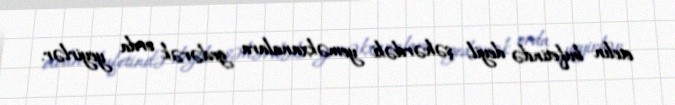
otelin bufetində deyil, şəhərdəki yeməkxanalara gedərək orda yeyirlər.